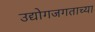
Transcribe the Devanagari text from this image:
उद्योगजगताच्या